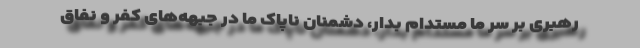
رهبری بر سر ما مستدام بدار، دشمنان ناپاک ما در جبهه‌های کفر و نفاق